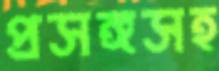
প্রসঙ্গসহ